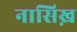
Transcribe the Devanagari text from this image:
नासिख़